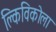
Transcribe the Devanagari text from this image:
क्लिविकोला